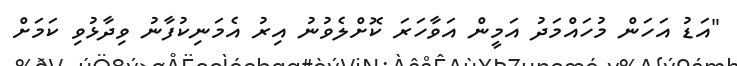
"އަޑު އަހަން މުހައްމަދު އަމީން އަވާހަރަ ކޮށްލެވުނު އިރު އެމަނިކުފާނު ވިދާޅުވި ކަމަށް